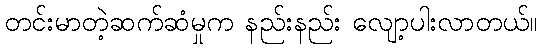
တင်းမာတဲ့ဆက်ဆံမှုက နည်းနည်း လျော့ပါးလာတယ်။